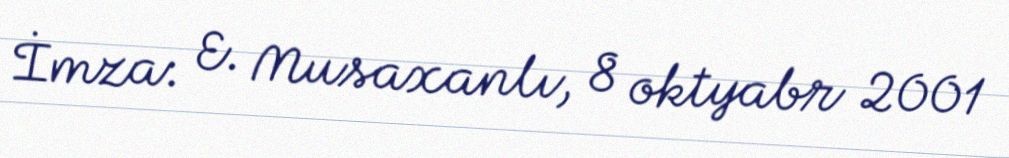
İmza: E. Musaxanlı, 8 oktyabr 2001